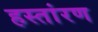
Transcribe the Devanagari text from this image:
हस्तांरण